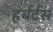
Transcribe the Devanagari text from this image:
हर्बर्टस